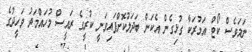
ނަމަވެސް ކޯޓް އަމުރަކާ ގުޅިގެން އެކަން ބަދަލުކޮށްފައިވަނީ ކުރީގެ ރައީސް މުހައްމަދު ވަހީދުގެ